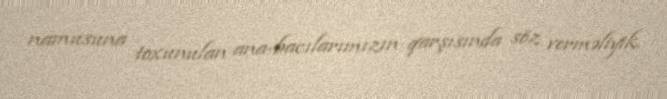
namusuna toxunulan ana-bacılarımızın qarşısında söz verməliyik.